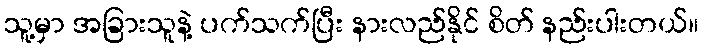
သူ့မှာ အခြားသူနဲ့ ပက်သက်ပြီး နားလည်နိုင် စိတ် နည်းပါးတယ်။